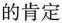
的肯定